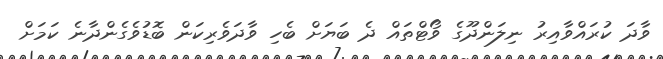
ވާދަ ކުރައްވާއިރު ނިލަންދޫގެ ވޯޓްތައް ދެ ބަޔަށް ބެހި ވާދަވެރިކަން ބޮޑުވެގެންދާނެ ކަމަށް